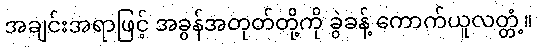
အချင်းအရာဖြင့် အခွန်အတုတ်တို့ကို ခွဲခန့် ကောက်ယူလတ္တံ့။